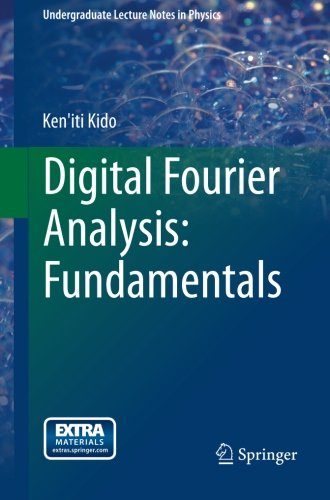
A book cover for Digital Fourier Analysis: Fundamentals (Undergraduate Lecture Notes in Physics); Ken'iti Kido; Computers & Technology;